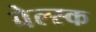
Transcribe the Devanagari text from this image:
वेल्स्क